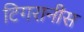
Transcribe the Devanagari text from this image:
टिगरानीस